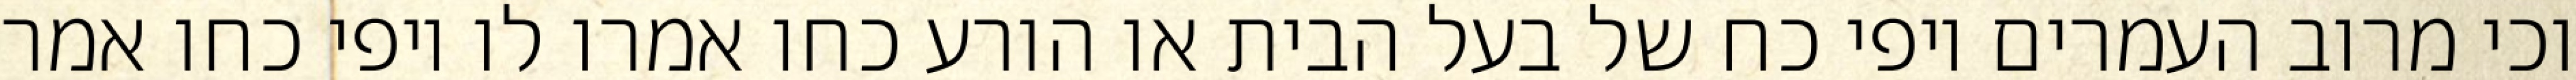
וכי מרוב העמרים יופי כח של בעל הבית או הורע כחו אמרו לו יופי כחו אמר